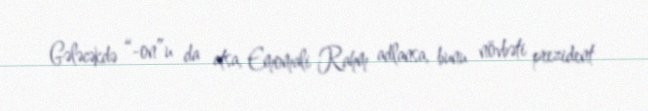
Gələcəkdə “-on”u da atsa, Emomali Rahm adlansa, bunu növbəti prezident